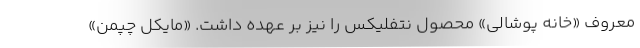
معروف «خانه پوشالی» محصول نتفلیکس را نیز بر عهده داشت. «مایکل چپمن»